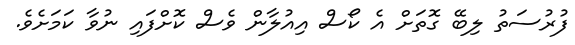
ފުރުސަތު ލިބޭ ގޮތަށް އެ ކޯސް އިއުލާން ވެސް ކޮށްފައި ނުވާ ކަމަށެވެ.